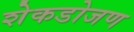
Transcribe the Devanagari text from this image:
शेकडोजण